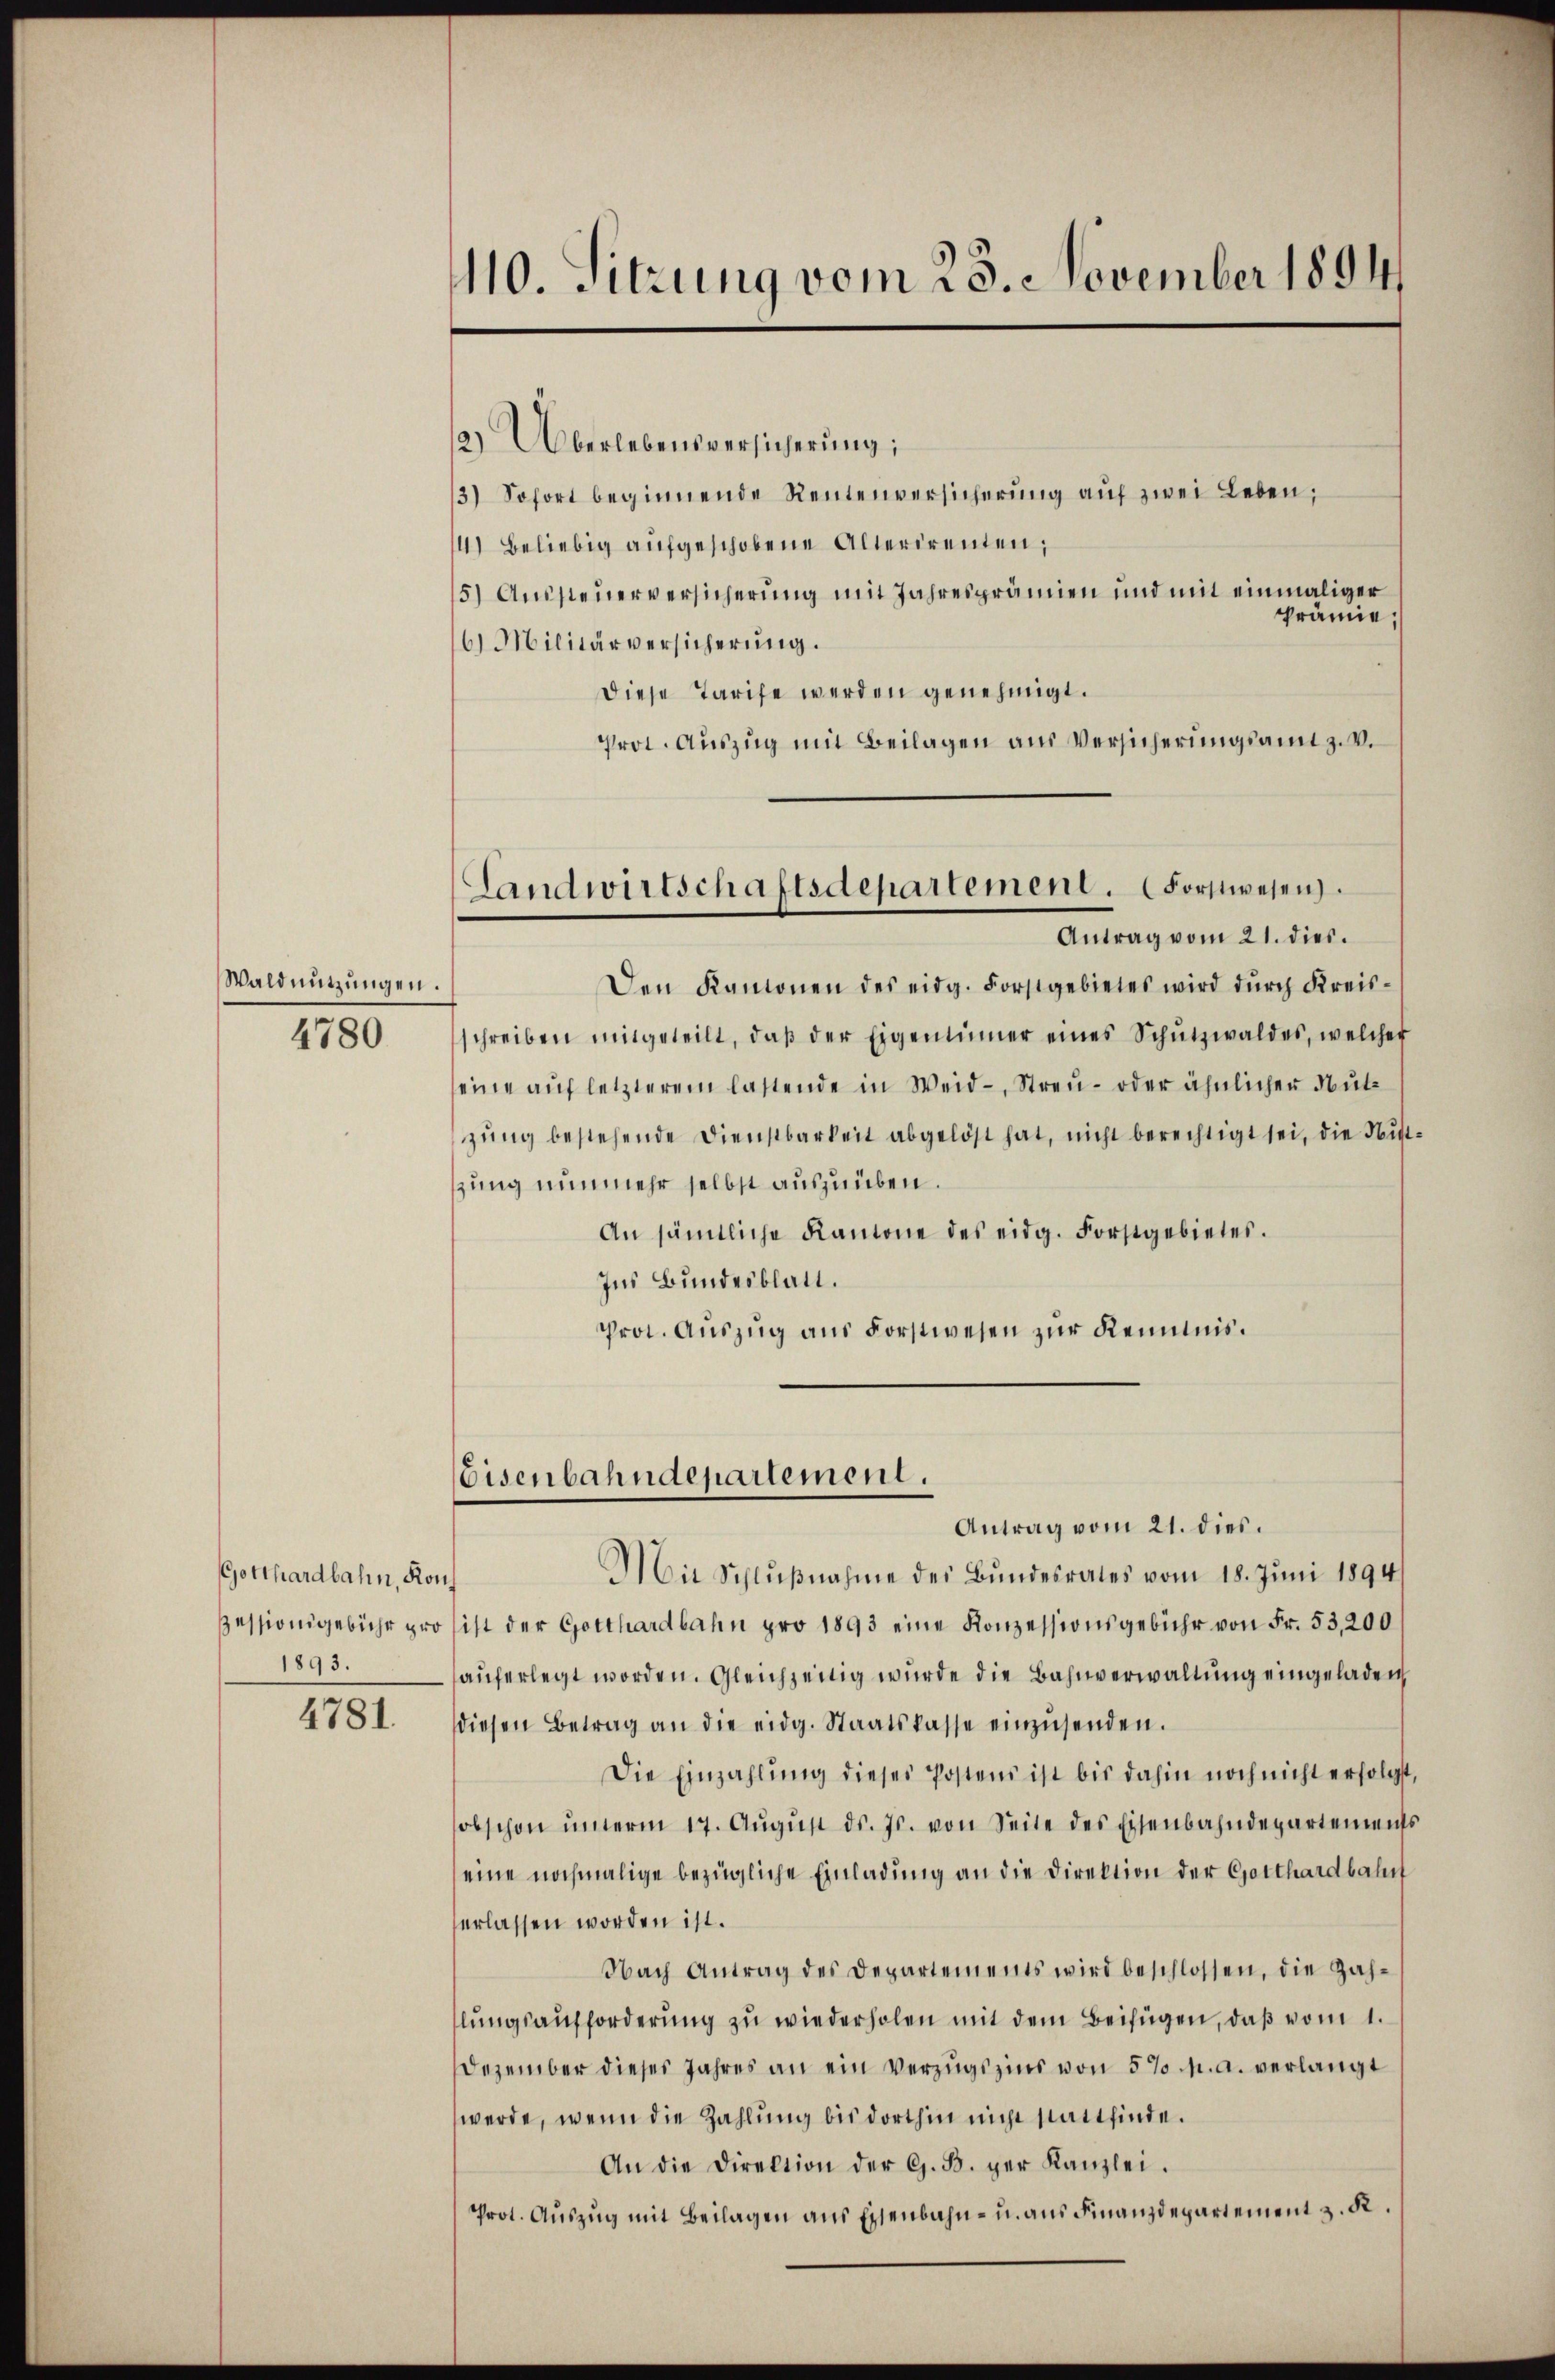
Waldnutzungen.

4780

Gotthardbahn, Konf
1893.

4781.

110. Sitzung vom 25. November 1894

Landwirtschaftsdepartement. (Forstwesen.
Antrag vom 21. dies.

2) Überlebensversicherung
3) Sofort beginnende Rentenversicherung auf zwei Leben,
141 beliebig aufgeschobene Alterirenten;
5) Aussteuerversicherung mit Jahresprämien und mit einmaliger
prämie,
16. Militärversicherŭng.
Diese Tarife werden genehmigt.
Prot. Auszug mit Beilagen aus Versicherungsamt z. v.
Den Kantonen des eidg. Forstgebietes wird durch Kreisschreiben mitgeteilt, daβ der Eigentümer eines Schŭtzwaldes, welcher
seine auf letzterem lastende in Weid- Streu- oder ähnlicher Nutzung bestehende Dienstbarkeit abgelöst hat, nicht berechtigt sei, die Sitt
tzung nunmehr selbst auszuüben.
An sämtliche Kantone des eidg. Forstgebietes.
Ins Bundesblatt.
Prot. Auszug aus Forstwesen zur Kenntnis¬
Eisenbahndepartement.
Antrag vom 21. dies.
Mit Schlŭβnahme der Bundesrates vom 18. Juni 1894/
Zessionsgebühr pro sist der Gotthardbahn pro 1893 eine Konzessionsgebühr von Fr. 53,200
auferlegt worden. Gleichzeitig wurde die Bahnverwaltung eingeladen
diesen Betrag an die eidg. Staatskasse einzŭsenden.
Die Einzahlŭng dieses Postens ist bis dahin noch nicht erfolgt
obschon ŭnterm 17. Aŭgŭst ds. Js. von Seite des Eisenbahndepartement
eine nochmalige bezügliche Einladung an die Direktion der Gotthardbahnf
erlassen worden ist.
Nach Antrag des Departements wird beschlossen, die Zah-
lŭngsaufforderŭng zŭ wiederholen mit dem Beifügen, daß vom 1.
Dezember dieses Jahres an ein Verzugszins von 5% h. a. verlangt
werde, wenn die Zahlung bis dorthin nicht stattfinde.
An die Direktion der G. B. der Kanzlei.
Prot. Auszug mit Beilagen aus Eisenbahn- u. aus Finanzdepartement z. K.